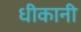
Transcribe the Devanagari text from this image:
धीकानी